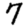
Digit: 7